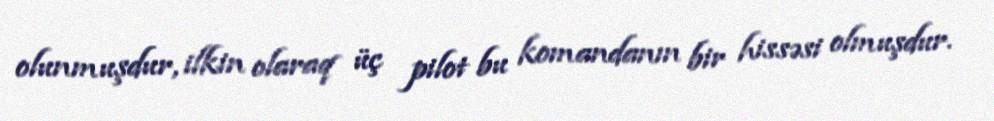
olunmuşdur, ilkin olaraq üç pilot bu komandanın bir hissəsi olmuşdur.